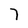
Character: 7